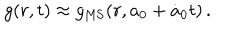
g ( r , t ) \approx g _ { \mathrm { M S } } ( r , a _ { 0 } + \dot { a } _ { 0 } t ) \, .